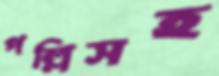
পল্লিসহ